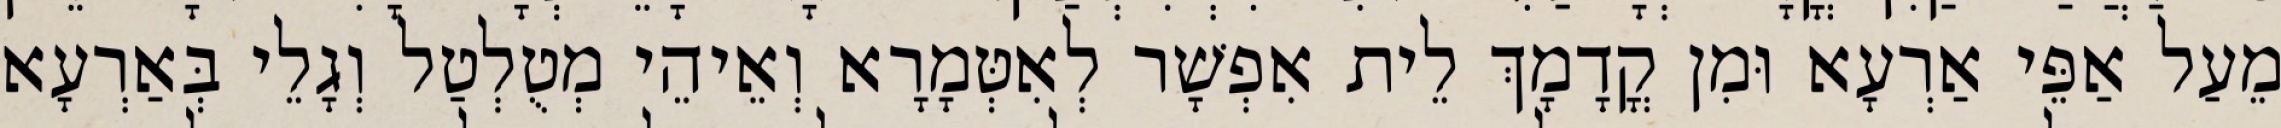
מֵעַל אַפֵּי אַרְעָא וּמִן קֳדָמָךְ לֵית אִפְשָׁר לְאִטְּמָרָא וְאֵיהֵי מְטֻלְטַל וְגָלֵי בְּאַרְעָא